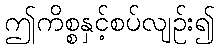
ဤကိစ္စနှင့်စပ်လျဉ်း၍